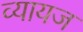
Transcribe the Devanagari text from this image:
व्‍यायज